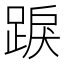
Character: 𨁸